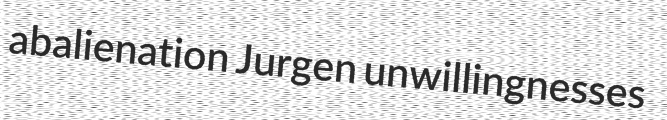
abalienation Jurgen unwillingnesses